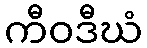
ကီဝဒီဃံ